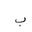
Letter: _ba